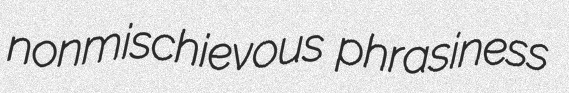
nonmischievous phrasiness